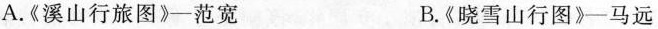
A.《溪山行旅图》-范宽 B.《晓雪山行图》-马远